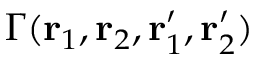
\Gamma ( { \bf r } _ { 1 } , { \bf r } _ { 2 } , { \bf r } _ { 1 } ^ { \prime } , { \bf r } _ { 2 } ^ { \prime } )